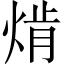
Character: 𱫗